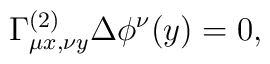
\Gamma^{(2)}_{\mu x, \nu y}\Delta \phi^\nu(y)=0,